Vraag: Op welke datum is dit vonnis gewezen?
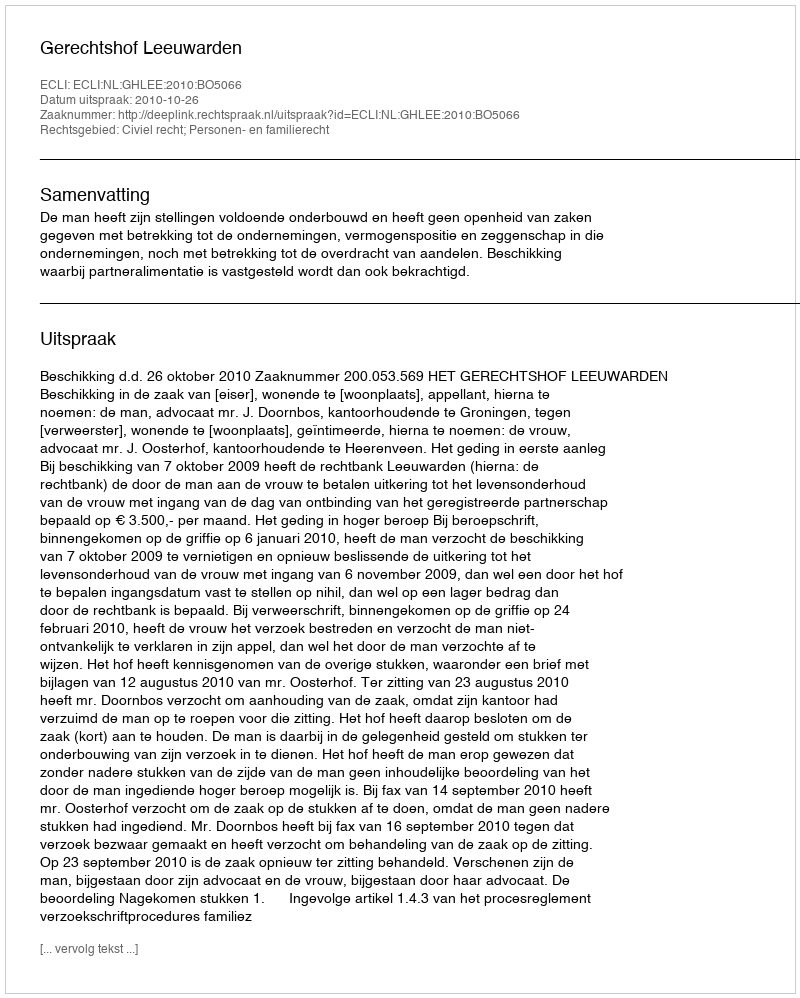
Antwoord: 2010-10-26